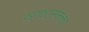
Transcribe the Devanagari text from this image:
ड्राफ्ट्‌समनचा